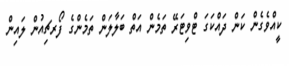
ކީއްވެގެން ކަން ދައްކަގަ ޓްވިޓަރޭ ތަމެން އަތް ބަލާލަން ތަމެންގެ ފޯރޗިއުން ލައިން